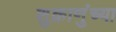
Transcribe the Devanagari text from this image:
शुक्राणुंच्या